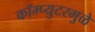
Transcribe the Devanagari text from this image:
कॉम्प्युटरमुळे